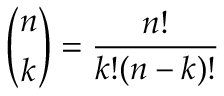
{ \binom { n } { k } } = { \frac { n ! } { k ! ( n - k ) ! } }